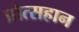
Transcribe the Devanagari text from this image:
प्रोत्सहान